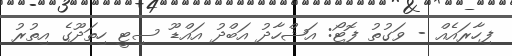
ފިހާރައެއް - ވަގުތު ފޮޓޯ: އަޝްހާދު އަބްދު އައްޑޫ ސިޓީ ހިތަދޫގެ އިތުރު